Senior Leaving Certificate Examination (including Day School Certificate (Higher) General paper), 1946
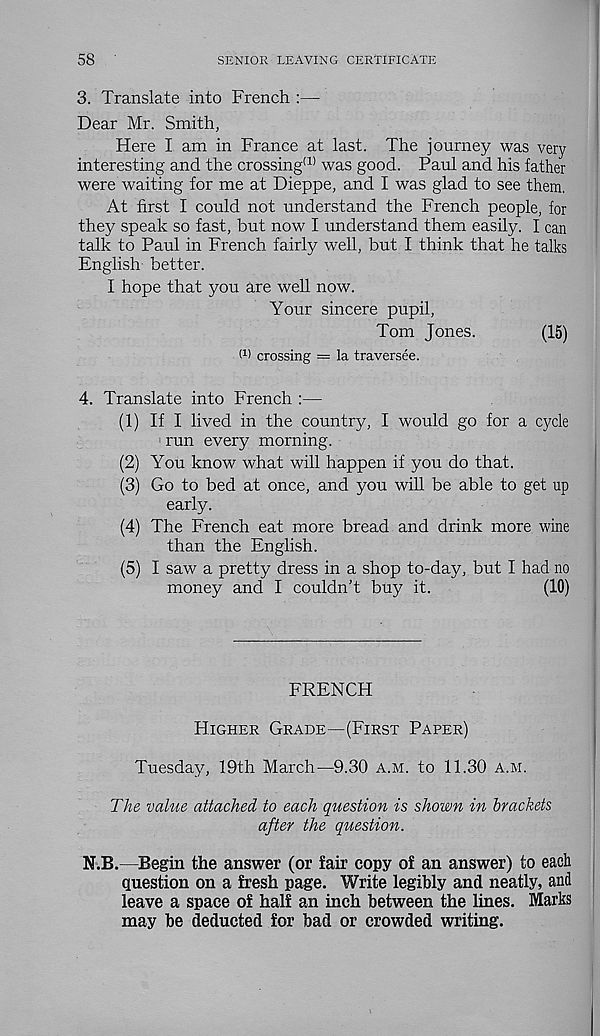
58
SENIOR LEAVING CERTIFICATE
3. Translate into French :—
Dear Mr. Smith,
Here I am in France at last. The journey was very
interesting and the crossing 11 ’ was good. Paul and his father
were waiting for me at Dieppe, and I was glad to see them.
At first I could not understand the French people, for
they speak so fast, but now I understand them easily. I can
talk to Paul in French fairly well, but I think that he talks
English better.
I hope that you are well now.
Your sincere pupil,
Tom Jones.
(15)
W crossing = la traversee.
4. Translate into French :—
(1) If I lived in the country, I would go for a cycle
run every morning.
(2) You know what will happen if you do that.
(3) Go to bed at once, and you will be able to get up
early.
(4) The French eat more bread and drink more wine
than the English.
(5) I saw a pretty dress in a shop to-day, but I had no
money and I couldn’t buy it.
(10)
FRENCH
Higher Grade—(First Paper)
Tuesday, 19th March'—9.30 a.m. to 11.30 a.m.
The value attached to each question is shown in brackets
after the question.
N.B.—Begin the answer (or fair copy of an answer) to each
question on a fresh page. Write legibly and neatly, and
leave a space of half an inch between the lines. Marks
may be deducted for bad or crowded writing.